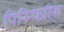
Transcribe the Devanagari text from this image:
पिनिन्फरिना